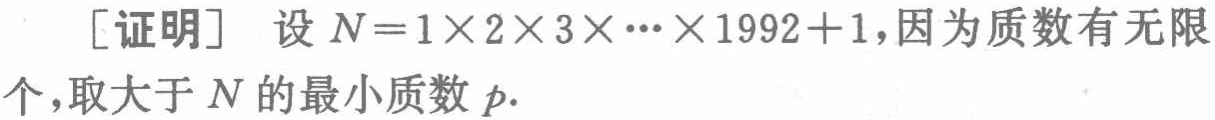
[证明] 设 \(N = 1\times2\times3\times\cdots\times1992 + 1\)，因为质数有无限个，取大于 \(N\) 的最小质数 \(p\).